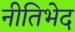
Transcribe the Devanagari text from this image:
नीतिभेद